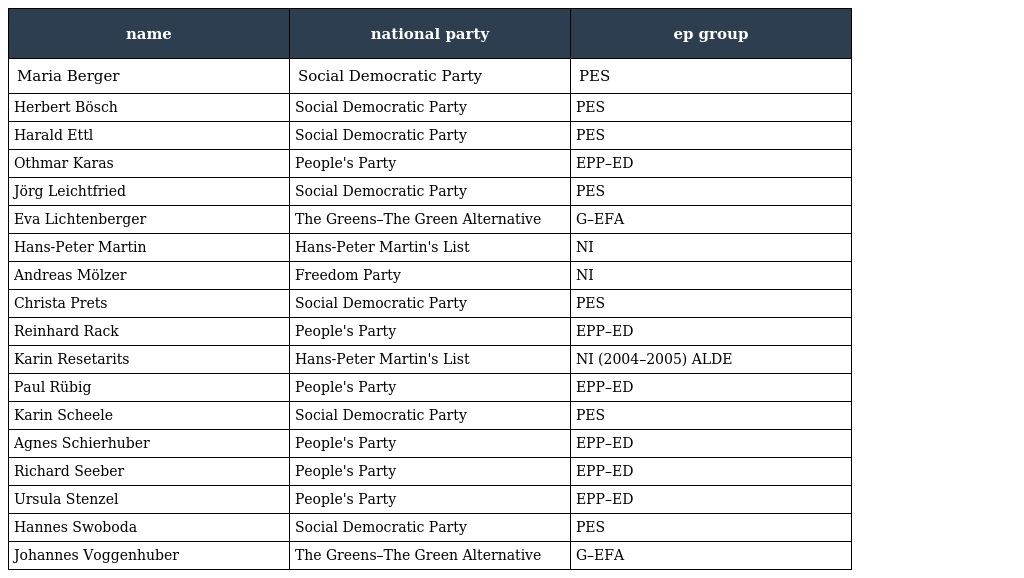
| name | national party | ep group |
 | --- | --- | --- |
 | Maria Berger | Social Democratic Party | PES |
 | Herbert Bösch | Social Democratic Party | PES |
 | Harald Ettl | Social Democratic Party | PES |
 | Othmar Karas | People's Party | EPP–ED |
 | Jörg Leichtfried | Social Democratic Party | PES |
 | Eva Lichtenberger | The Greens–The Green Alternative | G–EFA |
 | Hans-Peter Martin | Hans-Peter Martin's List | NI |
 | Andreas Mölzer | Freedom Party | NI |
 | Christa Prets | Social Democratic Party | PES |
 | Reinhard Rack | People's Party | EPP–ED |
 | Karin Resetarits | Hans-Peter Martin's List | NI (2004–2005) ALDE |
 | Paul Rübig | People's Party | EPP–ED |
 | Karin Scheele | Social Democratic Party | PES |
 | Agnes Schierhuber | People's Party | EPP–ED |
 | Richard Seeber | People's Party | EPP–ED |
 | Ursula Stenzel | People's Party | EPP–ED |
 | Hannes Swoboda | Social Democratic Party | PES |
 | Johannes Voggenhuber | The Greens–The Green Alternative | G–EFA |